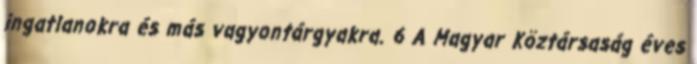
ingatlanokra és más vagyontárgyakra. 6 A Magyar Köztársaság éves